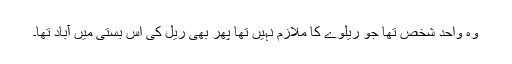
وہ واحد شخص تھا جو ریلوے کا ملازم نہیں تھا پھر بھی ریل کی اس بستی میں آباد تھا۔